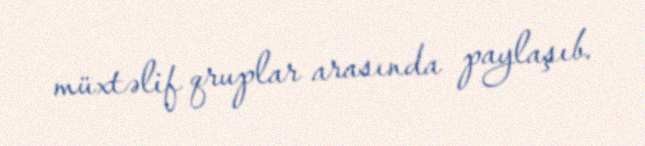
müxtəlif qruplar arasında paylaşıb.